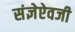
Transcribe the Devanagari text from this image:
संज्ञेऐवजी